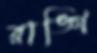
রাঙ্গি